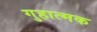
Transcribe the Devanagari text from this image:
गुहात्मक